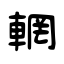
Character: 輞